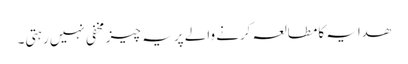
ھدایہ کامطالعہ کرنے والے پر یہ چیز مخفی نہیں رہتی۔